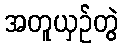
အတူယှဉ်တွဲ